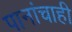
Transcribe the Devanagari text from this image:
पानांचाही